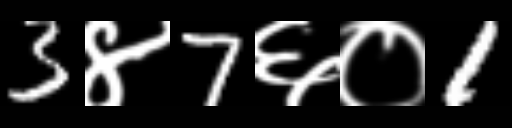
Text: 3४7६०1